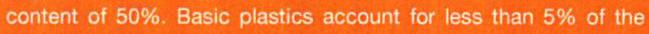
content of 50%. Basic plastics account for less than 5% of the